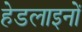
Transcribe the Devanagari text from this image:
हेडलाइनों